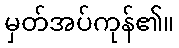
မှတ်အပ်ကုန်၏။